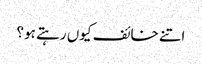
اتنے خائف کیوں رہتے ہو؟